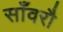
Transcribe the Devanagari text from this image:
साँवरौ